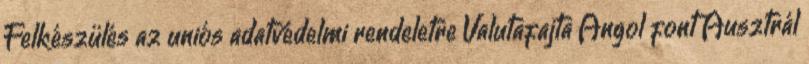
Felkészülés az uniós adatvédelmi rendeletre Valutafajta Angol font Ausztrál